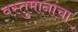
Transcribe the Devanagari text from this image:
वस्तुमानांचा